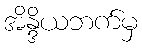
အိန္ဒိယဘက်မှ